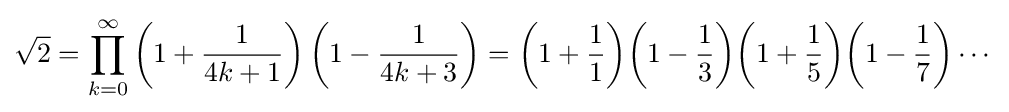
{\sqrt {2}}=\prod _{k=0}^{\infty }\left(1+{\frac {1}{4k+1}}\right)\left(1-{\frac {1}{4k+3}}\right)=\left(1+{\frac {1}{1}}\right)\!\left(1-{\frac {1}{3}}\right)\!\left(1+{\frac {1}{5}}\right)\!\left(1-{\frac {1}{7}}\right)\cdots